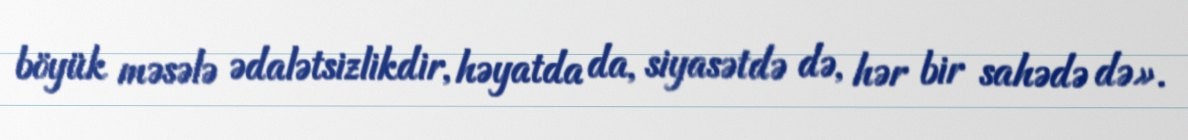
böyük məsələ ədalətsizlikdir, həyatda da, siyasətdə də, hər bir sahədə də».